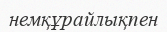
немқұрайлықпен